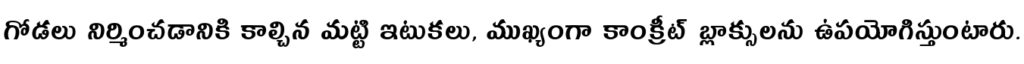
గోడలు నిర్మించడానికి కాల్చిన మట్టి ఇటుకలు, ముఖ్యంగా కాంక్రీట్ బ్లాక్సులను ఉపయోగిస్తుంటారు.